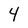
Character: 4